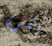
يكون